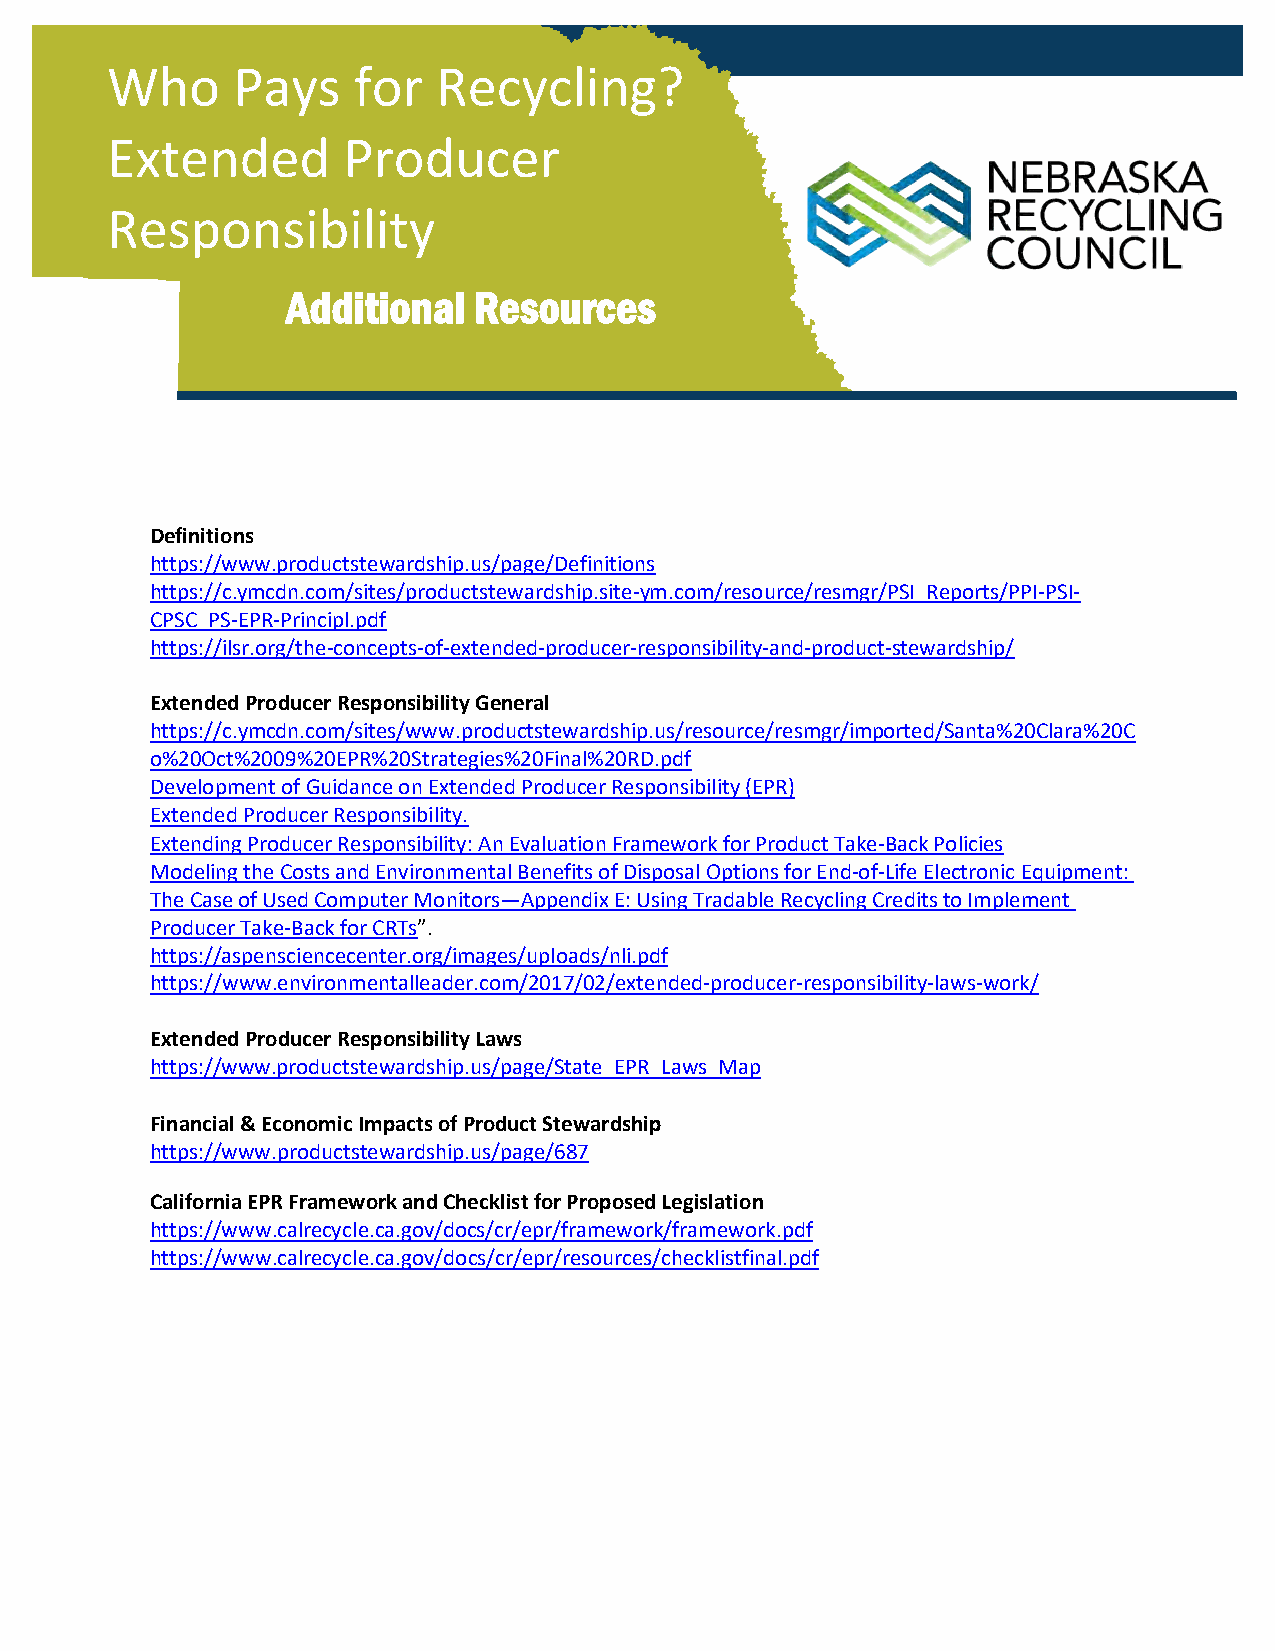
Who     Pays    for   Recycling?
 Extended        Producer
 Responsibility
 Additional  Resources
 Definitions
 https://www.productstewardship.us/page/Definitions
 https://c.ymcdn.com/sites/productstewardship.site-ym.com/resource/resmgr/PSI_Reports/PPI-PSI-
 CPSC_PS-EPR-Principl.pdf
 https://ilsr.org/the-concepts-of-extended-producer-responsibility-and-product-stewardship/
 Extended Producer Responsibility General
 https://c.ymcdn.com/sites/www.productstewardship.us/resource/resmgr/imported/Santa%20Clara%20C
 o%20Oct%2009%20EPR%20Strategies%20Final%20RD.pdf
 Development of Guidance on Extended Producer Responsibility (EPR)
 Extended Producer Responsibility.
 Extending Producer Responsibility: An Evaluation Framework for Product Take-Back Policies
 Modeling the Costs and Environmental Benefits of Disposal Options for End-of-Life Electronic Equipment:
 The Case of Used Computer Monitors—Appendix E: Using Tradable Recycling Credits to Implement
 Producer Take-Back for CRTs”.
 https://aspensciencecenter.org/images/uploads/nli.pdf
 https://www.environmentalleader.com/2017/02/extended-producer-responsibility-laws-work/
 Extended Producer Responsibility Laws
 https://www.productstewardship.us/page/State_EPR_Laws_Map
 Financial & Economic Impacts of Product Stewardship
 https://www.productstewardship.us/page/687
 California EPR Framework and Checklist for Proposed Legislation
 https://www.calrecycle.ca.gov/docs/cr/epr/framework/framework.pdf
 https://www.calrecycle.ca.gov/docs/cr/epr/resources/checklistfinal.pdf